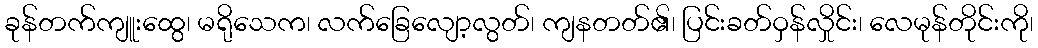
ခုန်တက်ကျူးထွေ၊ မရိုသေက၊ လက်ခြေလျော့လွတ်၊ ကျနတတ်၏၊ ပြင်းခတ်ဝှန်လှိုင်း၊ လေမုန်တိုင်းကို၊